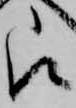
被